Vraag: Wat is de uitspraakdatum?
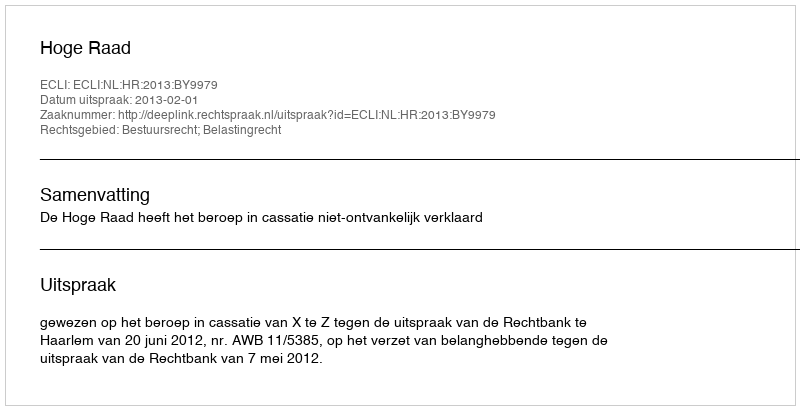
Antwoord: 2013-02-01